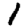
Digit: 1